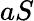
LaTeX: aS